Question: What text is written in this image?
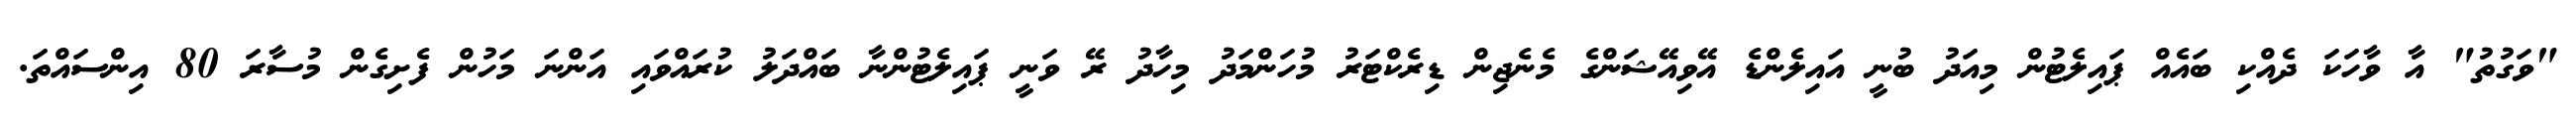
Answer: "ވަގުތު" އާ ވާހަކަ ދެއްކި ބައެއް ޕައިލެޓުން މިއަދު ބުނީ އައިލެންޑެ އޭވިއޭޝަންގެ މެނެޖިން ޑިރެކްޓަރު މުހަންމަދު މިހާދު ރޭ ވަނީ ޕައިލެޓުންނާ ބައްދަލު ކުރައްވައި އަންނަ މަހުން ފެށިގެން މުސާރަ 80 އިންސައްތަ.